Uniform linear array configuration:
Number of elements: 24
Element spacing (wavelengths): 1
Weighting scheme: hamming
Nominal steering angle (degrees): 60
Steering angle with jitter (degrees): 59.528
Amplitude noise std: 0.05
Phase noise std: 0.05

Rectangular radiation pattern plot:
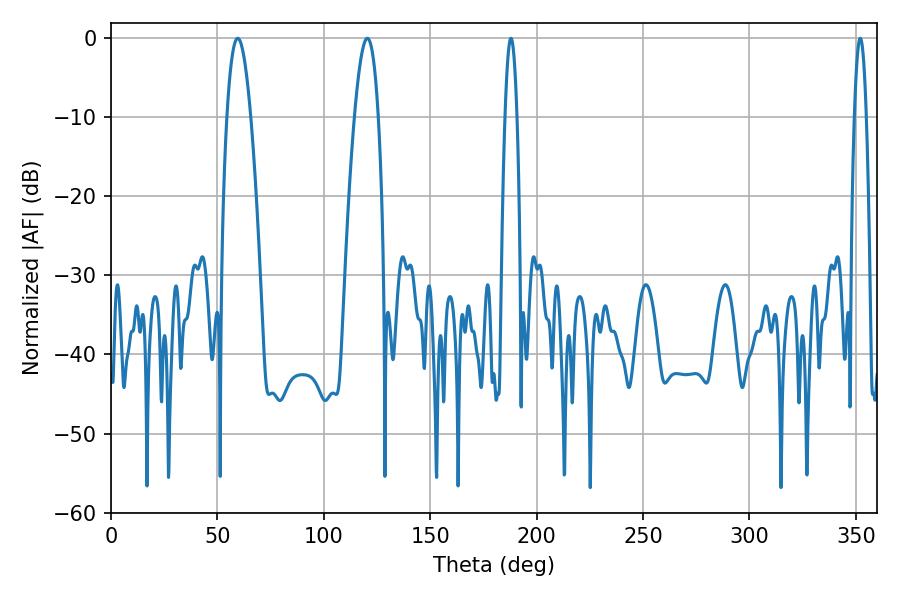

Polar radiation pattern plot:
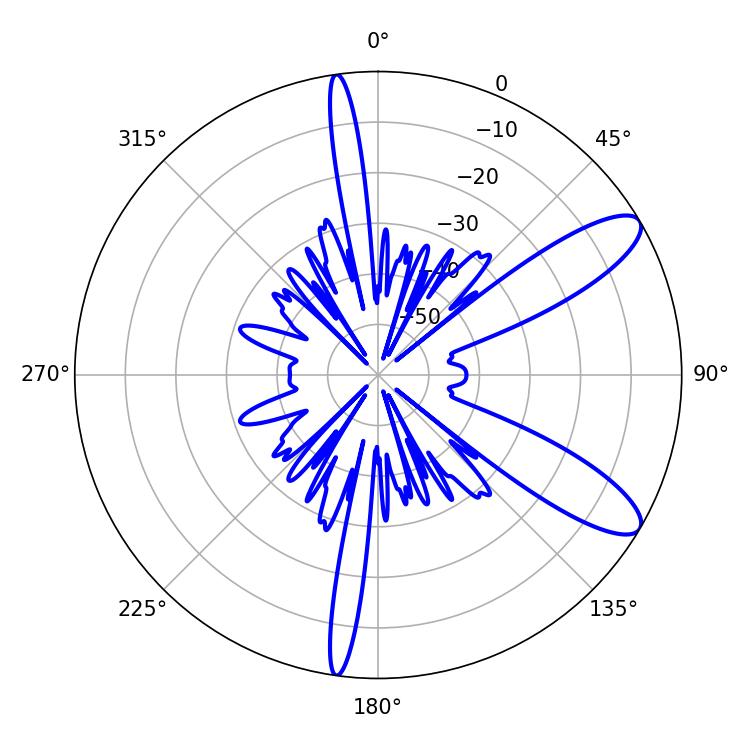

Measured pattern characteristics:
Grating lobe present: TRUE
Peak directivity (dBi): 10.363
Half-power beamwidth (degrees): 2.88
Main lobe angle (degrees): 187.92